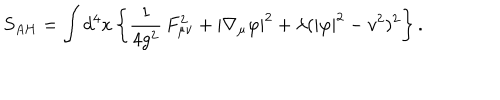
LaTeX: S _ { A H } = \int d ^ { 4 } x \left\{ \frac 1 { 4 g ^ { 2 } } \, F _ { \mu \nu } ^ { 2 } + | \nabla _ { \mu } \varphi | ^ { 2 } + \lambda ( | \varphi | ^ { 2 } - v ^ { 2 } ) ^ { 2 } \right\} .